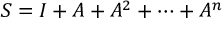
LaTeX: S = I + A + A ^ { 2 } + \cdots + A ^ { n }